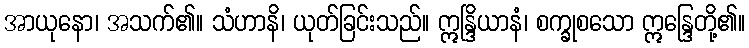
အာယုနော၊ အသက်၏။ သံဟာနိ၊ ယုတ်ခြင်းသည်။ ဣန္ဒြိယာနံ၊ စက္ခုစသော ဣန္ဒြေတို့၏။